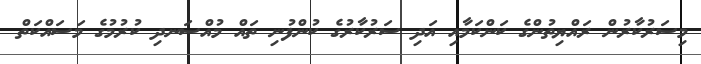
މިސަރުކާރުން ރައްޔިތުންގެ ކަންކަމާއި އަދި ސަރުކާރުގެ ކުންފުނި ތައް މުއްސަނދި ކުރުމުގެ މަސައްކަތް